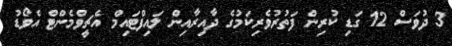
3 ދުވަސް 12 ގަޑި ކުރިން ފަތުރުވެރިކަމުގެެ ދާއިރާއިން ލައިފްޓައިމް އެޗީވްމެންޓް އެވޯޑު